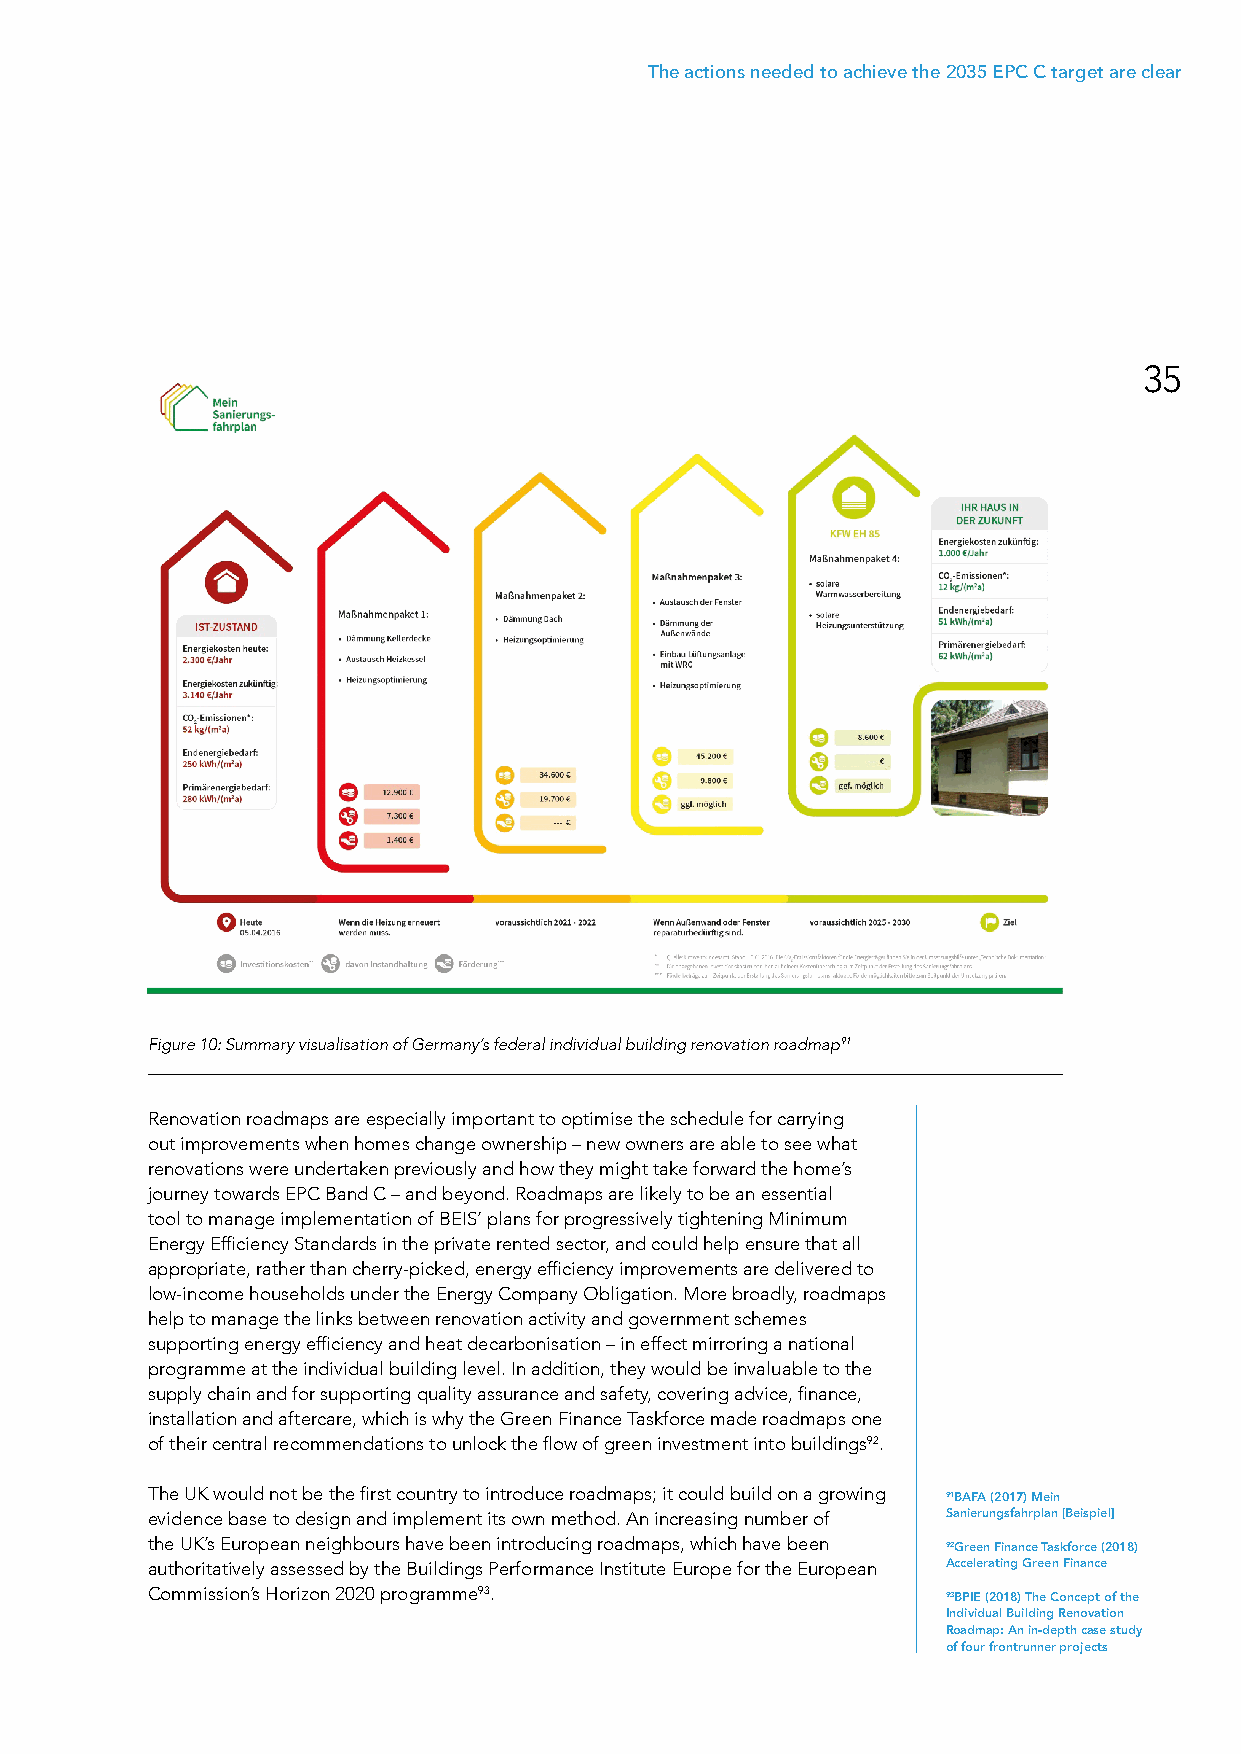
The actions needed to achieve the 2035 EPC C target are clear
 35
 Figure 10: Summary visualisation of Germany’s federal individual building renovation roadmap91
 Renovation roadmaps are especially important to optimise the schedule for carrying
 out improvements when homes change ownership – new owners are able to see what
 renovations were undertaken previously and how they might take forward the home’s
 journey towards EPC Band C – and beyond. Roadmaps are likely to be an essential
 tool to manage implementation of BEIS’ plans for progressively tightening Minimum
 Energy Efficiency Standards in the private rented sector, and could help ensure that all
 appropriate, rather than cherry-picked, energy efficiency improvements are delivered to
 low-income households under the Energy Company Obligation. More broadly, roadmaps
 help to manage the links between renovation activity and government schemes
 supporting energy efficiency and heat decarbonisation – in effect mirroring a national
 programme at the individual building level. In addition, they would be invaluable to the
 supply chain and for supporting quality assurance and safety, covering advice, finance,
 installation and aftercare, which is why the Green Finance Taskforce made roadmaps one
 of their central recommendations to unlock the flow of green investment into buildings92.
 The UK would not be the first country to introduce roadmaps; it could build on a growing
 91BAFA (2017) Mein
 evidence base to design and implement its own method. An increasing number of Sanierungsfahrplan [Beispiel]
 the UK’s European neighbours have been introducing roadmaps, which have been
 92Green Finance Taskforce (2018)
 authoritatively assessed by the Buildings Performance Institute Europe for the European Accelerating Green Finance
 Commission’s Horizon 2020 programme93.
 93BPIE (2018) The Concept of the
 Individual Building Renovation
 Roadmap: An in-depth case study
 of four frontrunner projects